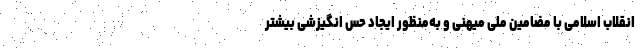
انقلاب اسلامی با مضامین ملی میهنی و به‌منظور ایجاد حس انگیزشی بیشتر